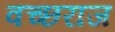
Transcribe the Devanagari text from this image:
वच्छराज